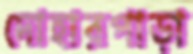
দোহারপাড়া